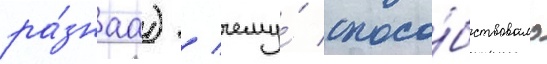
ра́знаа) / чему́ спосо́бствовало